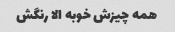
همه چیزش خوبه الا رنگش